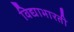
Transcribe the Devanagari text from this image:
विद्याभारती